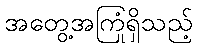
အတွေ့အကြုံရှိသည့်